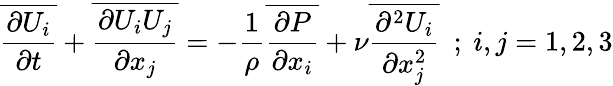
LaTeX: \overline{{{\frac{\partial U_{i}}{\partial t}}}}+\overline{{{\frac{\partial U_{i}U_{j}}{\partial x_{j}}}}}=-{\frac{1}{\rho}}\overline{{{\frac{\partial P}{\partial x_{i}}}}}+\nu\overline{{{\frac{\partial^{2}U_{i}}{\partial x_{j}^{2}}}}}~~;~i,j=1,2,3